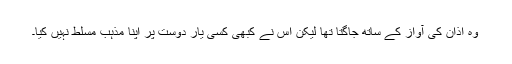
وہ اذان کی آواز کے ساتھ جاگتا تھا لیکن اس نے کبھی کسی یار دوست پر اپنا مذہب مسلط نہیں کیا۔